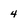
Character: 4